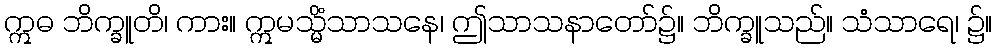
ဣဓ ဘိက္ခူတိ၊ ကား။ ဣမသ္မိံသာသနေ၊ ဤသာသနာတော်၌။ ဘိက္ခူသည်။ သံသာရေ၊ ၌။